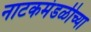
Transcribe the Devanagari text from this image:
नाटकमंडळीच्या